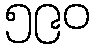
၅၉၀